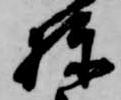
棟